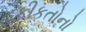
હકીકતોનો